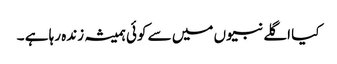
کیا اگلے نبیوں میں سے کوئی ہمیشہ زندہ رہا ہے ۔